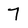
Character: 7